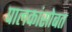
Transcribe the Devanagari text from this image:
पालकांसोबत